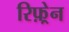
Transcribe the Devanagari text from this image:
रिफ़्रेन